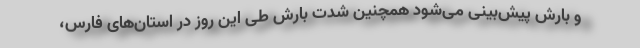
و بارش پیش‌بینی می‌شود همچنین شدت بارش طی این روز در استان‌های فارس،